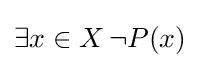
\exists x\in X\,\lnot P(x)